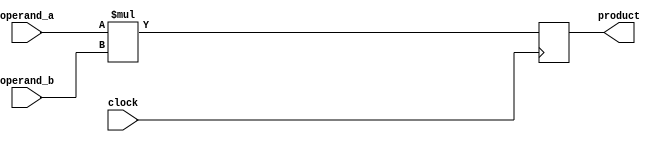
module booth_multiplier (
    input wire [15:0] operand_a,
    input wire [15:0] operand_b,
    input wire clock,
    output reg [31:0] product
);

reg [15:0] booth_encoded_a;
reg [15:0] booth_encoded_b;

always @(*) begin
    booth_encoded_a = operand_a;
    booth_encoded_b = operand_b;
end

always @(posedge clock) begin
    // Booth encoding algorithm implementation
    // Multiplier operation

    // Product calculation
    product <= {16'b0, booth_encoded_a} * {16'b0, booth_encoded_b};
end

endmodule